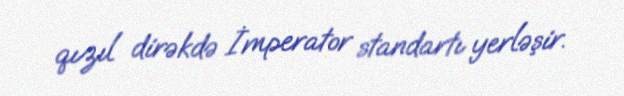
qızıl dirəkdə İmperator standartı yerləşir.